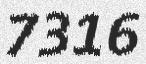
7316